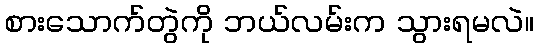
စားသောက်တွဲကို ဘယ်လမ်းက သွားရမလဲ။